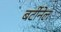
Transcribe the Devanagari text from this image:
बर्टीनेल